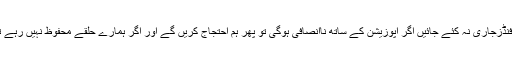
پسند و ناپسند کی بنیاد پر کسی کو فنڈزجاری نہ کئے جائیں اگر اپوزیشن کے ساتھ ناانصافی ہوگی تو پھر ہم احتجاج کریں گے اور اگر ہمارے حلقے محفوظ نہیں رہے تو کوئٹہ بھی محفوظ نہیں رہے گا۔